Report of the Hyderabad Chloroform Commission
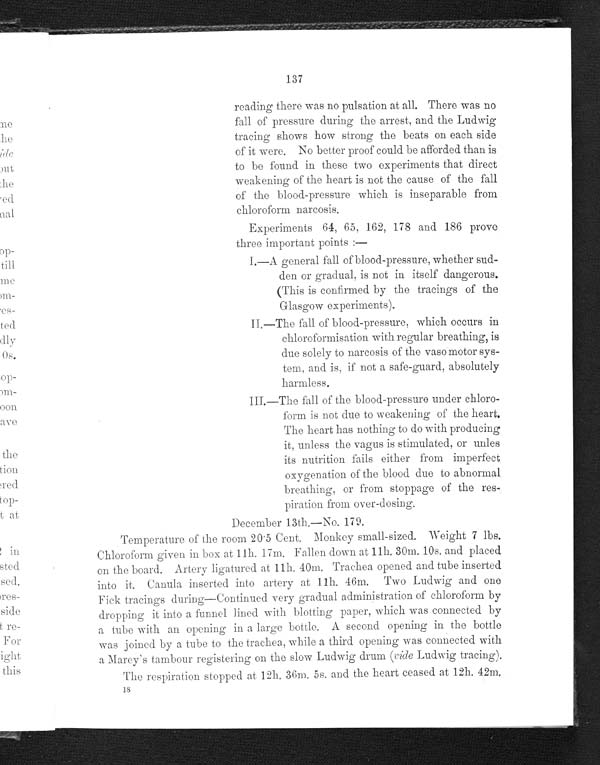
137
reading there was no pulsation at all. There was no
fall of pressure during the arrest, and the Ludwig
tracing shows how strong the beats on each side
of it were. No better proof could be afforded than is
to be found in these two experiments that direct
weakening of the heart is not the cause of the fall
of the blood-pressure which is inseparable from
chloroform narcosis.
Experiments 64, 65, 162, 178 and 186 prove
three important points:—
I.—A general fall of blood-pressure, whether sud-
den or gradual , i s not i n i t sel f dangerous.
(This is confirmed by the tracings of the
Glasgow experiments).
II.—The fall of blood-pressure, which occurs in
chloroformisation with regular breathing, is
due solely to narcosis of the vasomotor sys-
tem, and is, if not a safe-guard, absolutely
harmless.
III.—The fall of the blood-pressure under chloro-
form is not due to weakening of the heart.
The heart has nothing to do with producing
it, unless the vagus is stimulated, or unles
its nutrition fails either from imperfect
oxygenation of the blood due to abnormal
breathing, or from stoppage of the res-
piration from over-dosing.
December 13th.—No. 179.
Temperature of the room 20.5 Cent. Monkey small-sized. Weight 7 lbs.
Chloroform given in box at 11h. 17m. Fallen down at 11h. 30m. 10s. and placed
on the board. Artery ligatured at 11h. 40m. Trachea opened and tube inserted
into it. Canula inserted into artery at 11h. 46m. Two Ludwig and one
F i c k t r a c i n g s d u r i n g — c o n t i n u e d v e r y g r a d u a l a d m i n i s t r a t i o n o f c h l o r o f o r m b y
dropping it into a funnel lined with blotting paper, which was connected by
a tube with an opening in a large bottle. A second opening in the bottle
was joined by a tube to the trachea, while a third opening was connected with
a Marey's tambour registering on the slow Ludwig drum (vide Ludwig tracing).
The respiration stopped at 12h. 36m. 5s. and the heart ceased at 12h. 42m.